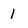
Character: 1